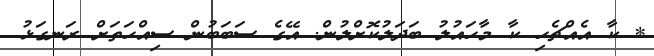
* ކާ އެއްޗެހި ކާ މާހައުލު ބަދަލުކޮށްލުން. އޭގެ ސަބަބުން ސިއްހަތަށް ރަނގަޅު